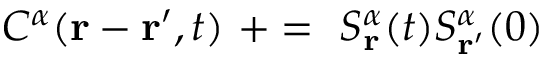
C ^ { \alpha } ( \mathbf { r } - \mathbf { r ^ { \prime } } , t ) \ + = \ S _ { \mathbf { r } } ^ { \alpha } ( t ) S _ { \mathbf { r ^ { \prime } } } ^ { \alpha } ( 0 )